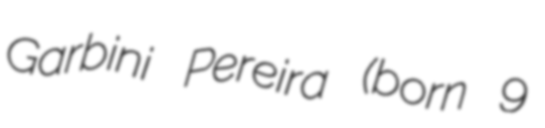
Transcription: Garbini Pereira (born 9